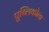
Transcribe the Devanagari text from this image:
पुब्लिकोला